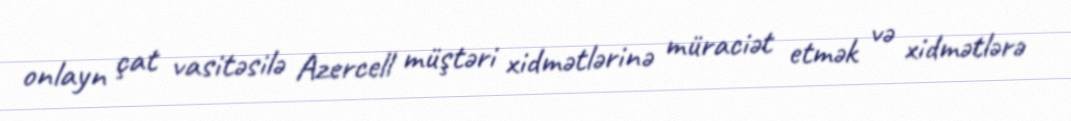
onlayn çat vasitəsilə Azercell müştəri xidmətlərinə müraciət etmək və xidmətlərə